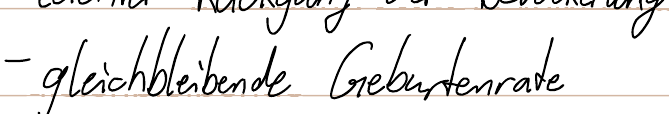
- gleichbleibende Geburtenrate